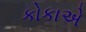
કોકાએ